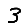
Digit: 3